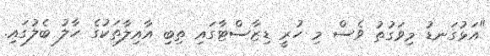
"އަޅުގަނޑު މިވަގުތު ވެސް މި ހުރީ ޑިޒާސްޓާގައި ތިބި އާއިލާތަކުގެ ހާލު ބެލުގައި.